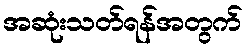
အဆုံးသတ်ရန်အတွက်